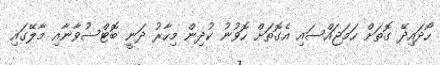
ހޯދައިދޭ ގޮތަށް ހަމަޖައްސައި އެގޮތަށް ހޮވުނު ކުދިން މިހާރު ދަނީ ބޮޓްސުވާނާއި މާލޭގައި